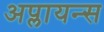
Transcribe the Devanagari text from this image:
अप्लायन्स